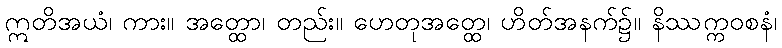
ဣတိအယံ၊ ကား။ အတ္ထော၊ တည်း။ ဟေတုအတ္ထေ၊ ဟိတ်အနက်၌။ နိဿက္ကဝစနံ၊